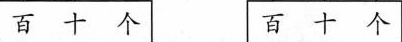
百 十 个 百 十 个